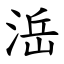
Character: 㴈